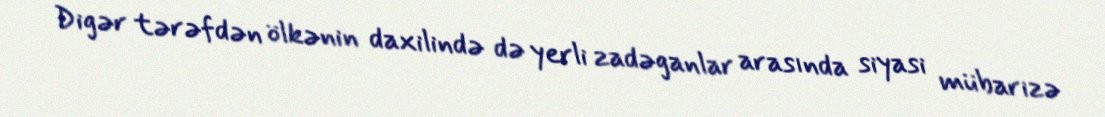
Digər tərəfdən ölkənin daxilində də yerli zadəganlar arasında siyasi mübarizə